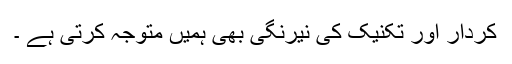
کردار اور تکنیک کی نیرنگی بھی ہمیں متوجہ کرتی ہے ۔